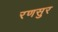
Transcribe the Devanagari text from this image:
रणसुर